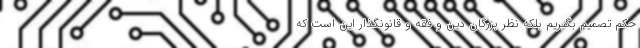
حکم تصمیم بگیریم بلکه نظر بزرگان دین و فقه و قانونگذار این است که